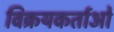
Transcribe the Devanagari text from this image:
विक्रयकर्ताओं